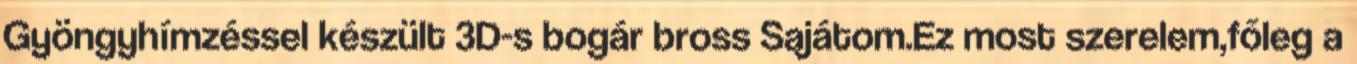
Gyöngyhímzéssel készült 3D-s bogár bross Sajátom.Ez most szerelem,főleg a